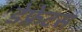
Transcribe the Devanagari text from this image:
डेफ्रेटस